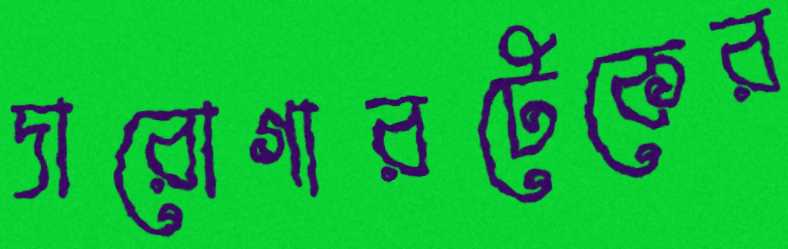
দারোগারটেকের